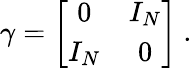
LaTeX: \gamma=\biggl[\begin{array}{cc}{{0}}&{{I_{N}}}\\ {{I_{N}}}&{{0}}\end{array}\biggr]\ .